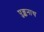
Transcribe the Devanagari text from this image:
पुङ्कनाथ